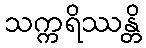
သက္ကရိဿန္တိ